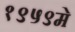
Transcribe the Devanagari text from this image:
१९५९मे